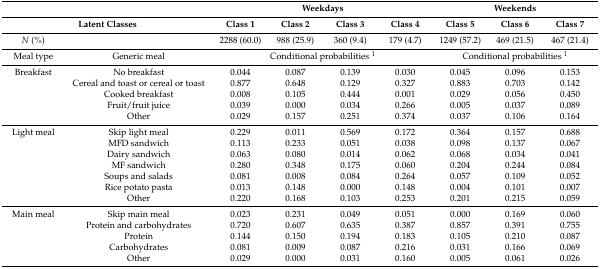
<table><thead><tr><td></td><td></td><td colspan="4"><b>Weekdays</b></td><td colspan="3"><b>Weekends</b></td></tr><tr><td colspan="2"><b>Latent Classes</b></td><td><b>Class 1</b></td><td><b>Class 2</b></td><td><b>Class 3</b></td><td><b>Class 4</b></td><td><b>Class 5</b></td><td><b>Class 6</b></td><td><b>Class 7</b></td></tr></thead><tbody><tr><td><i>N</i> (%)</td><td></td><td>2288 (60.0)</td><td>988 (25.9)</td><td>360 (9.4)</td><td>179 (4.7)</td><td>1249 (57.2)</td><td>469 (21.5)</td><td>467 (21.4)</td></tr><tr><td>Meal type</td><td>Generic meal</td><td colspan="4">Conditional probabilities <sup>1</sup></td><td colspan="3">Conditional probabilities <sup>1</sup></td></tr><tr><td>Breakfast</td><td>No breakfast</td><td>0.044</td><td>0.087</td><td>0.139</td><td>0.030</td><td>0.045</td><td>0.096</td><td>0.153</td></tr><tr><td></td><td>Cereal and toast or cereal or toast</td><td>0.877</td><td>0.648</td><td>0.129</td><td>0.327</td><td>0.883</td><td>0.703</td><td>0.142</td></tr><tr><td></td><td>Cooked breakfast</td><td>0.008</td><td>0.105</td><td>0.444</td><td>0.001</td><td>0.029</td><td>0.056</td><td>0.450</td></tr><tr><td></td><td>Fruit/fruit juice</td><td>0.039</td><td>0.000</td><td>0.034</td><td>0.266</td><td>0.005</td><td>0.037</td><td>0.089</td></tr><tr><td></td><td>Other</td><td>0.029</td><td>0.157</td><td>0.251</td><td>0.374</td><td>0.037</td><td>0.106</td><td>0.164</td></tr><tr><td>Light meal</td><td>Skip light meal</td><td>0.229</td><td>0.011</td><td>0.569</td><td>0.172</td><td>0.364</td><td>0.157</td><td>0.688</td></tr><tr><td></td><td>MFD sandwich</td><td>0.113</td><td>0.233</td><td>0.051</td><td>0.038</td><td>0.098</td><td>0.137</td><td>0.067</td></tr><tr><td></td><td>Dairy sandwich</td><td>0.063</td><td>0.080</td><td>0.014</td><td>0.062</td><td>0.068</td><td>0.034</td><td>0.041</td></tr><tr><td></td><td>MF sandwich</td><td>0.280</td><td>0.348</td><td>0.175</td><td>0.060</td><td>0.204</td><td>0.244</td><td>0.084</td></tr><tr><td></td><td>Soups and salads</td><td>0.081</td><td>0.008</td><td>0.084</td><td>0.264</td><td>0.057</td><td>0.109</td><td>0.052</td></tr><tr><td></td><td>Rice potato pasta</td><td>0.013</td><td>0.148</td><td>0.000</td><td>0.148</td><td>0.004</td><td>0.101</td><td>0.007</td></tr><tr><td></td><td>Other</td><td>0.220</td><td>0.168</td><td>0.103</td><td>0.253</td><td>0.201</td><td>0.215</td><td>0.059</td></tr><tr><td>Main meal</td><td>Skip main meal</td><td>0.023</td><td>0.231</td><td>0.049</td><td>0.051</td><td>0.000</td><td>0.169</td><td>0.060</td></tr><tr><td></td><td>Protein and carbohydrates</td><td>0.720</td><td>0.607</td><td>0.635</td><td>0.387</td><td>0.857</td><td>0.391</td><td>0.755</td></tr><tr><td></td><td>Protein</td><td>0.144</td><td>0.150</td><td>0.194</td><td>0.183</td><td>0.105</td><td>0.210</td><td>0.087</td></tr><tr><td></td><td>Carbohydrates</td><td>0.081</td><td>0.009</td><td>0.087</td><td>0.216</td><td>0.031</td><td>0.166</td><td>0.069</td></tr><tr><td></td><td>Other</td><td>0.029</td><td>0.000</td><td>0.031</td><td>0.160</td><td>0.005</td><td>0.061</td><td>0.026</td></tr></tbody></table>